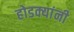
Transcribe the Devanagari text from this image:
होडक्यांनी